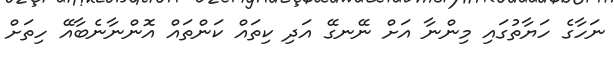
ނަހާގެ ހަޔާތުގައި މިންނާ އަށް ނޭނގޭ އަދި ކިތައް ކަންތައް އޮންނާނެބާއޭ ހިތަށް